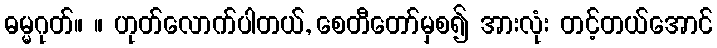
ဓမ္မဂုတ်။ ။ ဟုတ်လောက်ပါတယ်, စေတီတော်မှစ၍ အားလုံး တင့်တယ်အောင်